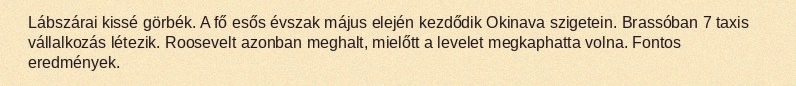
Lábszárai kissé görbék. A fő esős évszak május elején kezdődik Okinava szigetein. Brassóban 7 taxis vállalkozás létezik. Roosevelt azonban meghalt, mielőtt a levelet megkaphatta volna. Fontos eredmények.